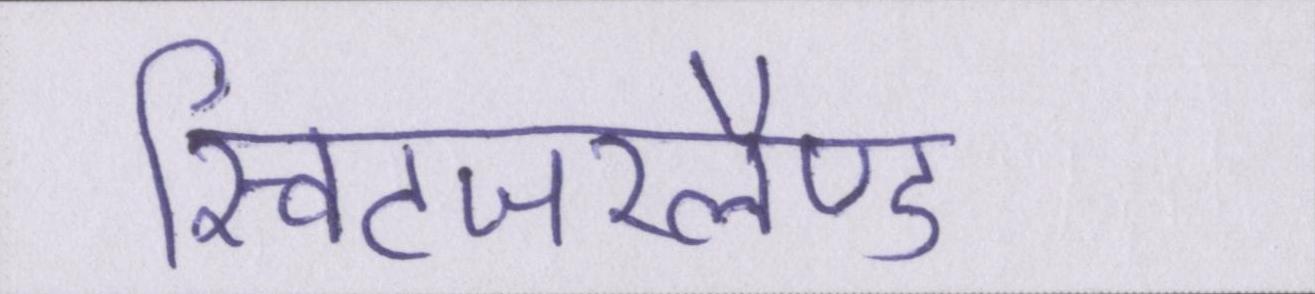
स्विटजरलैण्ड